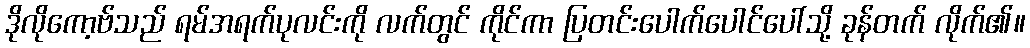
ဒိုလိုကော့ဗ်သည် ရမ်အရက်ပုလင်းကို လက်တွင် ကိုင်ကာ ပြတင်းပေါက်ပေါင်ပေါ်သို့ ခုန်တက် လိုက်၏။